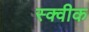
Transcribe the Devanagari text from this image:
स्क्वीक